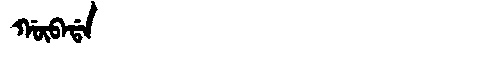
Manchu: ᡤᡡᠪᠠᡩᠠ
Romanization: GŪBADA